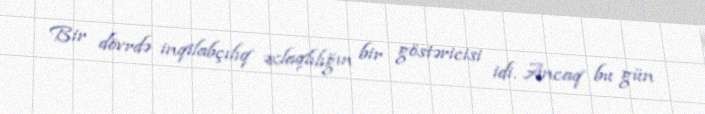
Bir dövrdə inqilabçılıq əxlaqlılığın bir göstəricisi idi. Ancaq bu gün